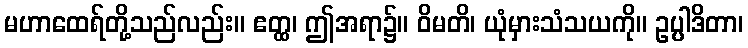
မဟာထေရ်တို့သည်လည်း။ ဧတ္ထ၊ ဤအရာ၌။ ဝိမတိ၊ ယုံမှားသံသယကို။ ဥပ္ပါဒိတာ၊